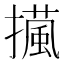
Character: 𢶻